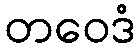
တဝေဒံ